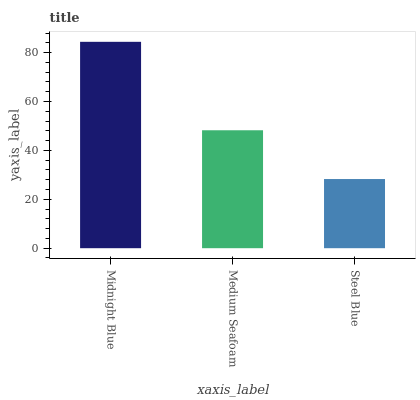
| xaxis_label | bars |
 | --- | --- |
 | Midnight Blue | 84.4 |
 | Medium Seafoam | 48.2 |
 | Steel Blue | 28.3 |